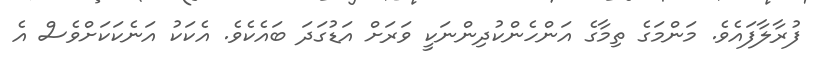
ފުރާލާފައެވެ. މަންމަގެ ތިމާގެ އަންހެންކުދިންނަކީ ވަރަށް އަޑުގަދަ ބައެކެވެ. އެކަކު އަނެކަކަށްވެސް އެ